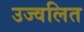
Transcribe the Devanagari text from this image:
उज्वलित